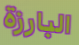
البارزة